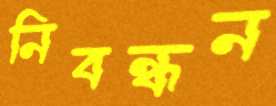
নিবন্ধন